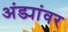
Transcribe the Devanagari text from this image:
अंड्यांवर